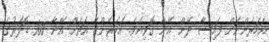
އަހަރެންނަށް ފައިސާ ދޭން އޭނާ ގޮވިއެވެ. އަހަރެންގެ އަތަށް އޭނާ 100 ޑޮލަރުގެ